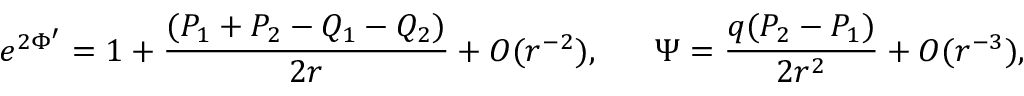
e ^ { 2 \Phi ^ { \prime } } = 1 + { \frac { ( P _ { 1 } + P _ { 2 } - Q _ { 1 } - Q _ { 2 } ) } { 2 r } } + { \cal O } ( r ^ { - 2 } ) , \ \ \ \ \ \Psi = { \frac { q ( P _ { 2 } - P _ { 1 } ) } { 2 r ^ { 2 } } } + { \cal O } ( r ^ { - 3 } ) ,